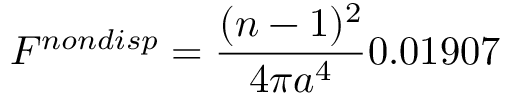
F ^ { n o n d i s p } = \frac { ( n - 1 ) ^ { 2 } } { 4 \pi a ^ { 4 } } 0 . 0 1 9 0 7